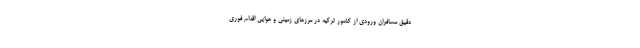
دقیق مسافران ورودی از کشور ترکیه در مرزهای زمینی و هوایی اقدام فوری